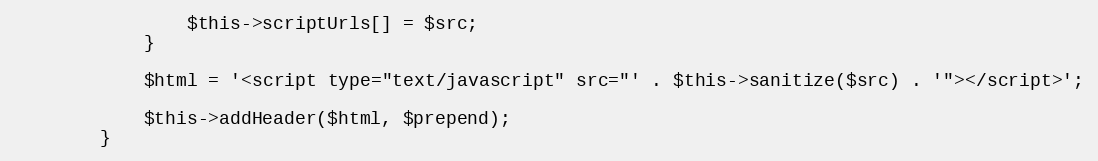
Language: PHP
				$this->scriptUrls[] = $src;
			}

			$html = '<script type="text/javascript" src="' . $this->sanitize($src) . '"></script>';

			$this->addHeader($html, $prepend);
		}